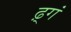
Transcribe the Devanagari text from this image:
ढ़्गं